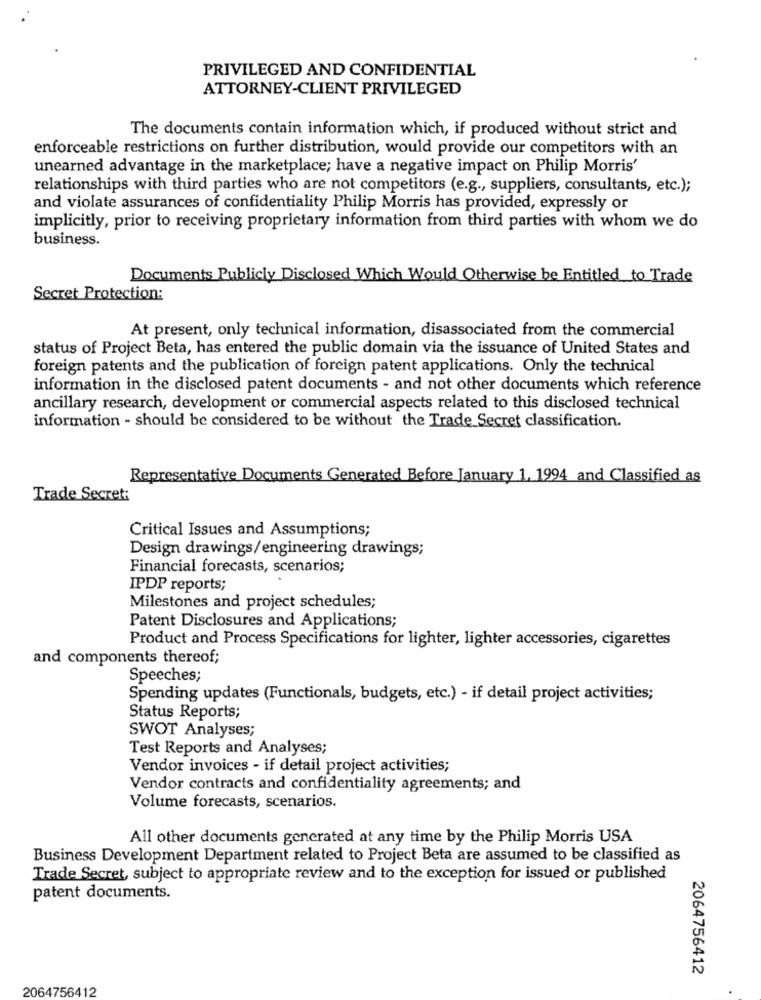
PRIVILEGED AND CONFIDENTIAL
ATTORNEY-CLIENT PRIVILEGED
The documents contain information which, if produced without strict and
enforceable restrictions on further distribution, would provide our competitors with an
unearned advantage in the marketplace; have a negative impact on Philip Morris'
relationships with third parties who are not competitors (e.g ., suppliers, consultants, etc.);
and violate assurances of confidentiality Philip Morris has provided, expressly or
implicitly, prior to receiving proprietary information from third parties with whom we do
business.
Documents Publicly Disclosed Which Would Otherwise be Entitled to Trade
Secret Protection:
At present, only technical information, disassociated from the commercial
status of Project Beta, has entered the public domain via the issuance of United States and
foreign patents and the publication of foreign patent applications. Only the technical
information in the disclosed patent documents - and not other documents which reference
ancillary research, development or commercial aspects related to this disclosed technical
information - should be considered to be without the Trade Secret classification.
Representative Documents Generated Before January 1, 1994 and Classified as
Trade Secret:
Critical Issues and Assumptions;
Design drawings/engineering drawings;
Financial forecasts, scenarios;
IPDP reports;
Milestones and project schedules;
Patent Disclosures and Applications;
Product and Process Specifications for lighter, lighter accessories, cigarettes
and components thereof;
Speeches;
Spending updates (Functionals, budgets, etc.) - if detail project activities;
Status Reports;
SWOT Analyses;
Test Reports and Analyses;
Vendor invoices - if detail project activities;
Vendor contracts and confidentiality agreements; and
Volume forecasts, scenarios.
All other documents generated at any time by the Philip Morris USA
Business Development Department related to Project Beta are assumed to be classified as
Trade Secret, subject to appropriate review and to the exception for issued or published
patent documents.
2064756412
2064756412